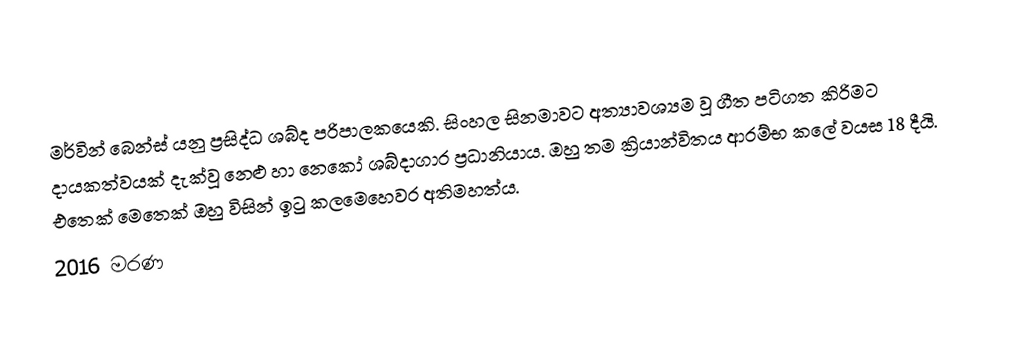
මර්වින් බෙන්ස් යනු ප්‍රසිද්ධ ශබ්ද පරිපාලකයෙකි. සිංහල සිනමාවට අත්‍යාවශ්‍යම වූ ගීත පටිගත කිරිමට දායකත්වයක් දැක්වූ නෙළු හා නෙකෝ ශබ්දාගාර ප්‍රධානියාය. ඔහු තම ක්‍රියාන්විතය ආරම්භ කලේ වයස 18 දීයි. එතෙක් මෙතෙක් ඔහු විසින් ඉටු කලමෙහෙවර අතිමහත්ය.
2016 මරණ